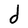
Character: d